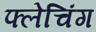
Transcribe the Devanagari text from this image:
फ्लेचिंग